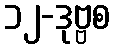
၁၂-ဒုဗ္ဗစ